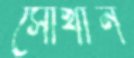
সৌখীন